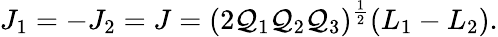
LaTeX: J_{1}=-J_{2}=J=(2{\cal\mathcal{Q}}_{1}{\cal\mathcal{Q}}_{2}{\cal\mathcal{Q}}_{3})^{\frac{{1}}{{2}}}(L_{1}-L_{2}).